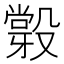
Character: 𣪼